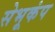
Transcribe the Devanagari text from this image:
सेभूकंप